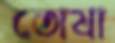
তোষা